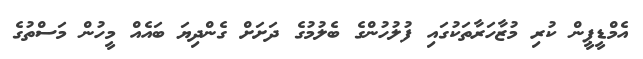
އެމްޑީޕީން ކުރި މުޒާހަރާތަކުގައި ފުލުހުންގެ ބެލުމުގެ ދަށަށް ގެންދިޔަ ބައެއް މީހުން މަސްތުގެ